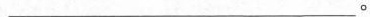
___。